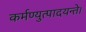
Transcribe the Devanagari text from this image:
कर्मण्युत्पादयन्ते।